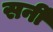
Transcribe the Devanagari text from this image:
सर्नी